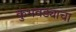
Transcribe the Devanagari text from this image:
कुंभवड्याचा